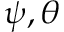
\psi , \theta